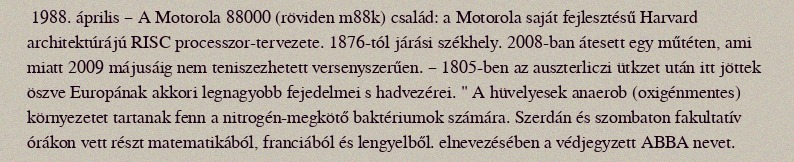
1988. április – A Motorola 88000 (röviden m88k) család: a Motorola saját fejlesztésű Harvard architektúrájú RISC processzor-tervezete. 1876-tól járási székhely. 2008-ban átesett egy műtéten, ami miatt 2009 májusáig nem teniszezhetett versenyszerűen. – 1805-ben az auszterliczi ütkzet után itt jöttek öszve Europának akkori legnagyobb fejedelmei s hadvezérei. " A hüvelyesek anaerob (oxigénmentes) környezetet tartanak fenn a nitrogén-megkötő baktériumok számára. Szerdán és szombaton fakultatív órákon vett részt matematikából, franciából és lengyelből. elnevezésében a védjegyzett ABBA nevet.